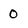
Character: 0